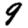
Digit: 9